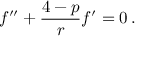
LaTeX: f ^ { \prime \prime } + \frac { 4 - p } { r } f ^ { \prime } = 0 \, .